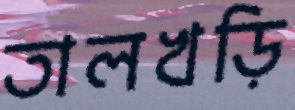
তালখড়ি